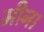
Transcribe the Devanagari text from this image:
मीन।